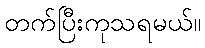
တက်ပြီးကုသရမယ်။